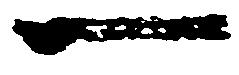
一